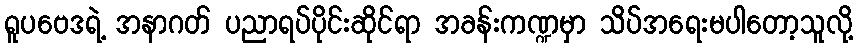
ရူပဗေဒရဲ့ အနာဂတ် ပညာရပ်ပိုင်းဆိုင်ရာ အခန်းကဏ္ဍမှာ သိပ်အရေးမပါတော့သူလို့